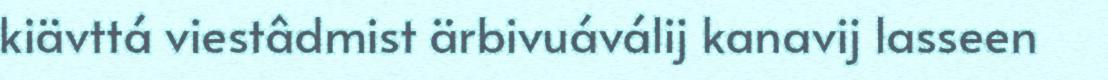
kiävttá viestâdmist ärbivuáválij kanavij lasseen